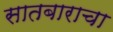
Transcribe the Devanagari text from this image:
सातबाराचा